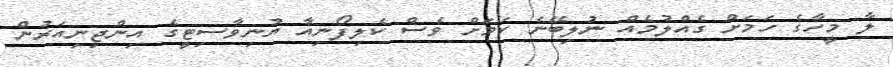
ލާ މީހާގެ ހަމަށް ގެއްލުމެއް ނުލިބޭނެ ކަމަށް ވެސް ކެލިފޯނިއާ ޔުނިވާސިޓީގެ އިންޖިނިއަރުން